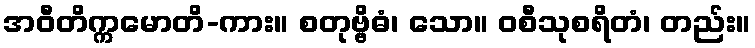
အဝီတိက္ကမောတိ-ကား။ စတုဗ္ဗိဓံ၊ သော။ ဝစီသုစရိတံ၊ တည်း။